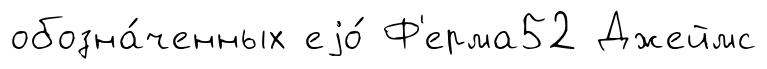
обозна́ченных еjо́ Ф'ерма52 Джеймс